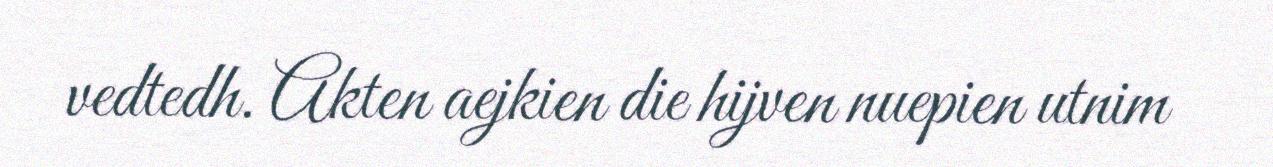
vedtedh. Akten aejkien die hijven nuepien utnim